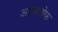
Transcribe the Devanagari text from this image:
अकेरलोफ